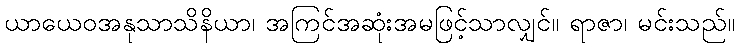
ယာယေဝအနုသာသိနိယာ၊ အကြင်အဆုံးအမဖြင့်သာလျှင်။ ရာဇာ၊ မင်းသည်။